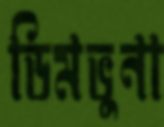
ডিমভুনা